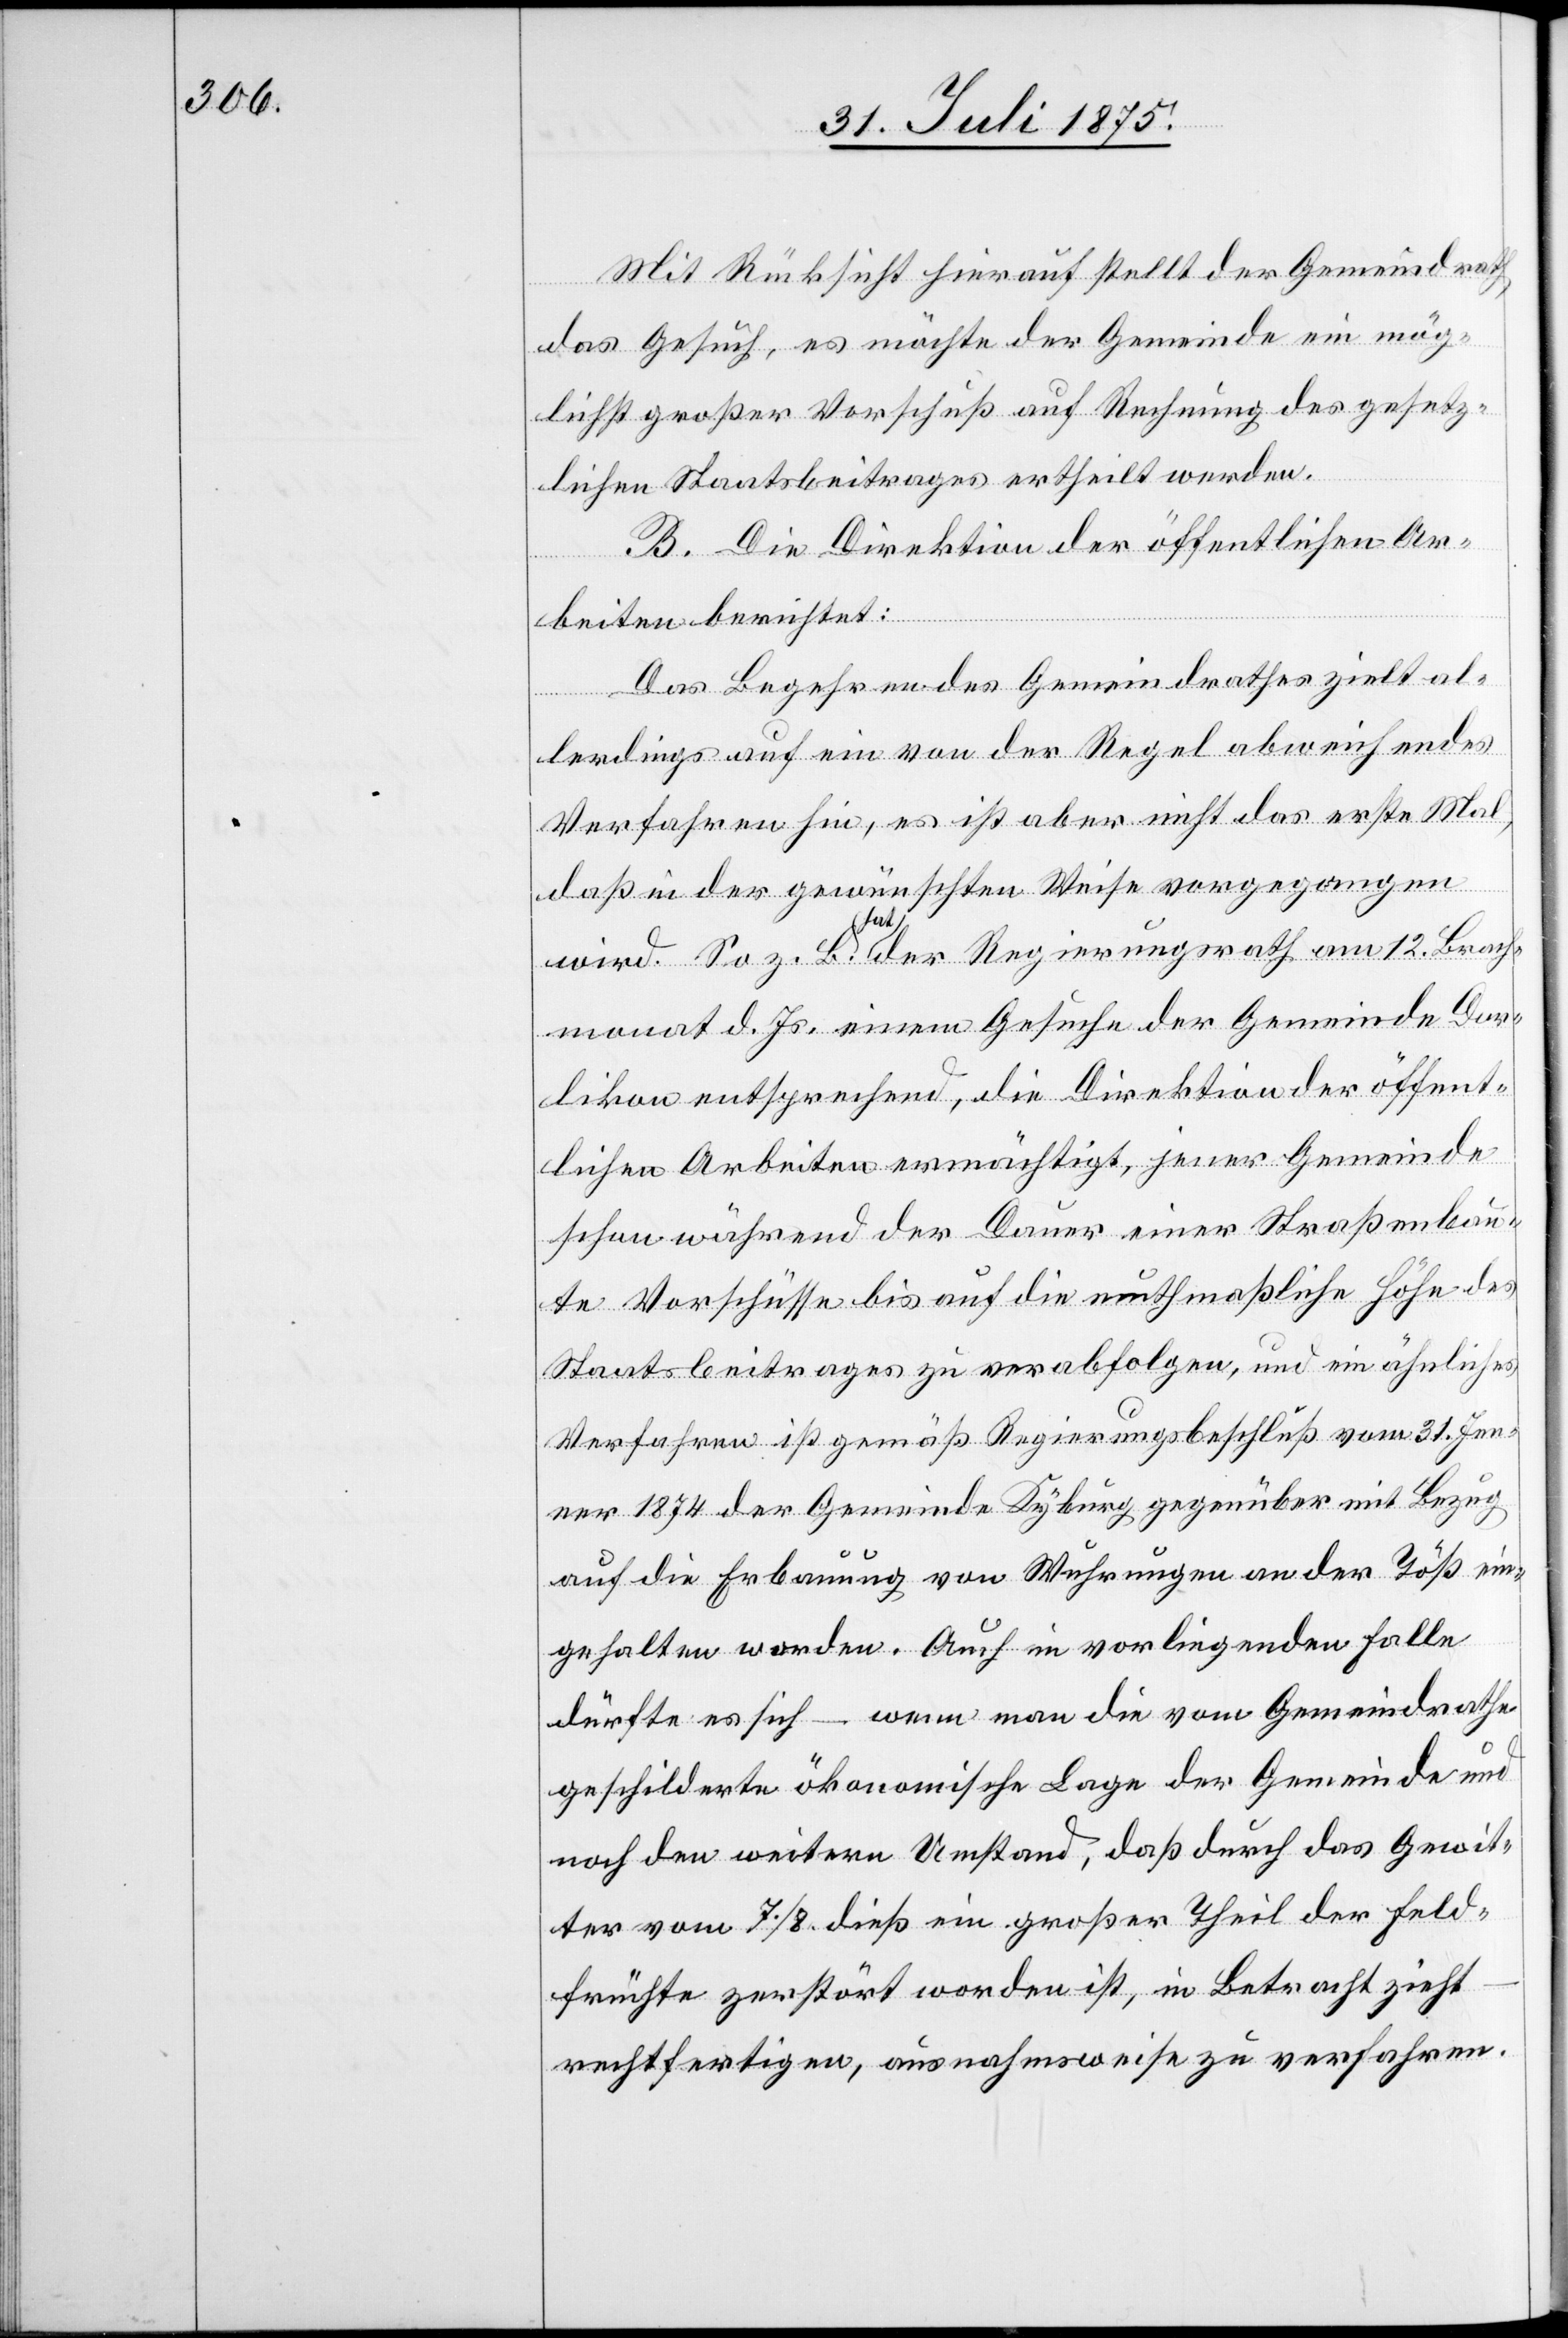
Mit Rücksicht hierauf stellt der Gemeindrath
das Gesuch, es möchte der Gemeinde ein mög¬
lichst großer Vorschuß auf Rechnung des gesetz¬
lichen Staatsbeitrages ertheilt werden.
B. Die Direktion der öffentlichen Ar¬
beiten berichtet:
Das Begehren des Gemeindrathes zielt al¬
lerdings auf ein von der Regel abweichendes
Verfahren hin, es ist aber nicht das erste Mal,
daß in der gewünschten Weise vorgegangen
wird. So z. B. hat der Regierungsrath am 12. Brach¬
monat d. Js. einem Gesuche der Gemeinde Dor¬
likon entsprechend, die Direktion der öffent¬
lichen Arbeiten ermächtigt, jener Gemeinde
schon während der Dauer einer Straßenbau¬
te Vorschüsse bis auf die muthmaßliche Höhe des
Staatsbeitrages zu verabfolgen, und ein ähnliches
Verfahren ist gemäß Regierungsbeschluß vom 31. Jen¬
ner 1874 der Gemeinde Kyburg gegenüber mit Bezug
auf die Erbauung von Wuhrungen an der Töß ein¬
gehalten worden. Auch im vorliegenden Falle
dürfte es sich – wenn man die vom Gemeindrathe
geschilderte ökonomische Lage der Gemeinde und
noch den weitern Umstand, daß durch das Gewit¬
ter vom 7./8. dieß ein großer Theil der Feld¬
früchte zerstört worden ist, in Betracht zieht
rechtfertigen, ausnahmsweise zu verfahren.